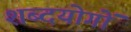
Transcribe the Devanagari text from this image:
शब्दयोगों